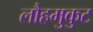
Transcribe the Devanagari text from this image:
लौहमुकुट